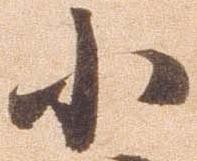
小